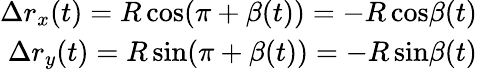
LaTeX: \begin{array}{r}{\Delta r_{x}(t)=R\, \mathrm{cos}(\pi+\beta(t))=-R\, \mathrm{cos}\beta(t)}\\ {\Delta r_{y}(t)=R\, \mathrm{sin}(\pi+\beta(t))=-R\, \mathrm{sin}\beta(t)}\end{array}